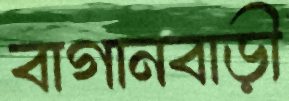
বাগানবাড়ী